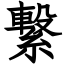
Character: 繋